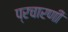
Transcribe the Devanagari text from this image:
प्रचारणी